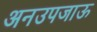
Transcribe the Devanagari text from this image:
अनउपजाऊ